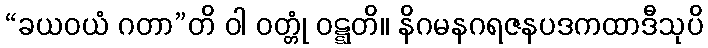
“ခယဝယံ ဂတာ”တိ ဝါ ဝတ္တုံ ဝဋ္ဋတိ။ နိဂမနဂရဇနပဒကထာဒီသုပိ